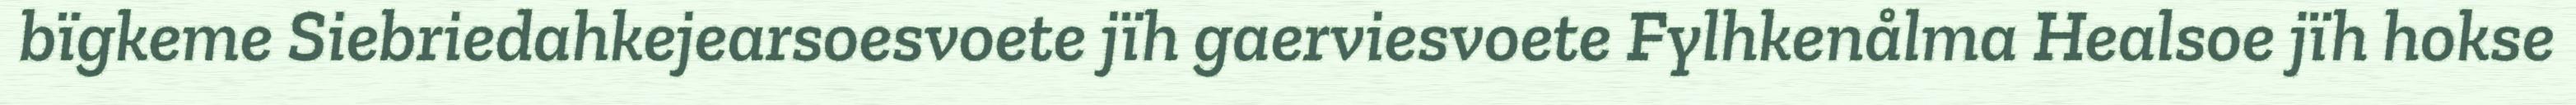
bïgkeme Siebriedahkejearsoesvoete jïh gaerviesvoete Fylhkenålma Healsoe jïh hokse